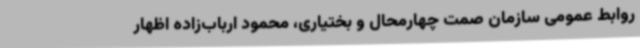
روابط عمومی سازمان صمت چهارمحال و بختیاری، محمود ارباب‌زاده اظهار